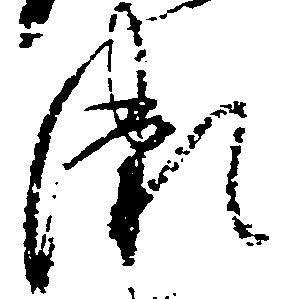
瀬